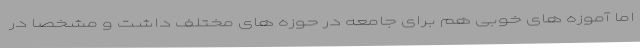
اما آموزه های خوبی هم برای جامعه در حوزه های مختلف داشت و مشخصا در